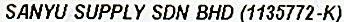
SANYU SUPPLY SDN BHD (1135772-K)